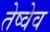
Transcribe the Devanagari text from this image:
तेष्वेव